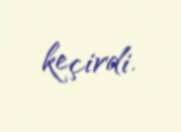
keçirdi.